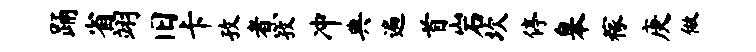
踊省翊旧卡孜煮孜冲典遍首岩坎停皋稼庚做